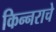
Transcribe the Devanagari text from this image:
किन्नराचे